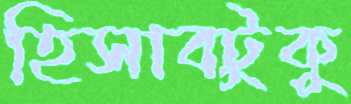
হিসাবটুকু